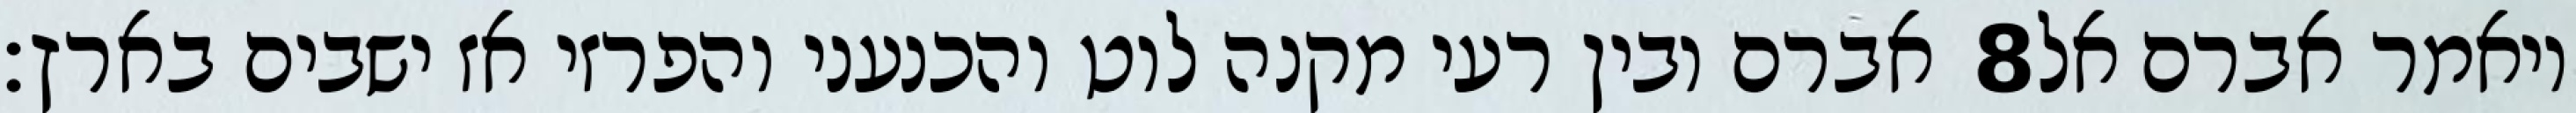
אברם ובין רעי מקנה לוט והכנעני והפרזי אז ישבים בארץ׃ ‎8‏ ויאמר אברם אל